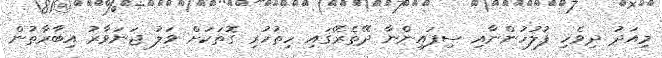
މިއަދު ދިވެހި ފުލުހުންނާއި ސިފައިންނާ ދޭތެރޭގައި ހިތުހުރި ގޮތަކަށް ވަލު ޖަނަވާރު އިބާރާތުން